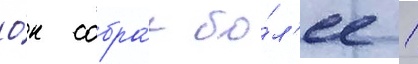
О́н собра́л бо́л'ее 1